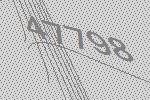
47798